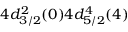
4 d _ { 3 / 2 } ^ { 2 } ( 0 ) 4 d _ { 5 / 2 } ^ { 4 } ( 4 )